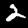
Label: 2